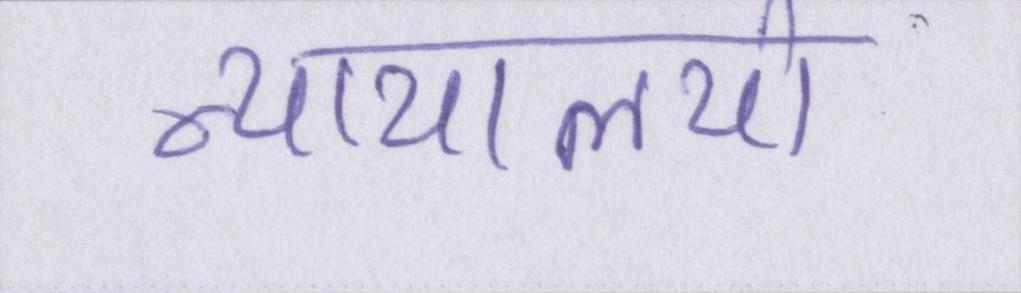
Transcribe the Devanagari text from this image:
न्यायालयो